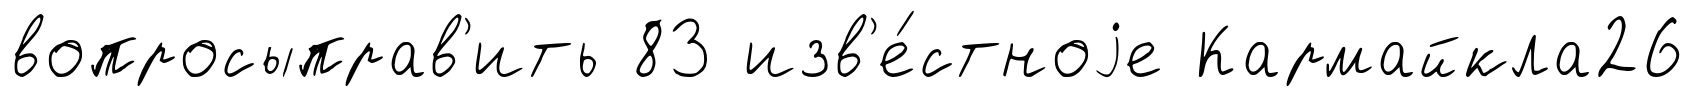
вопросыправ'ить 83 изв'е́стноjе Кармайкла26